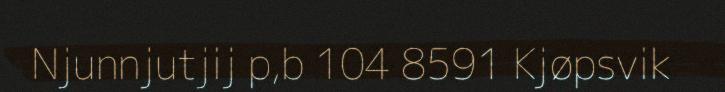
Njunnjutjij p,b 104 8591 Kjøpsvik